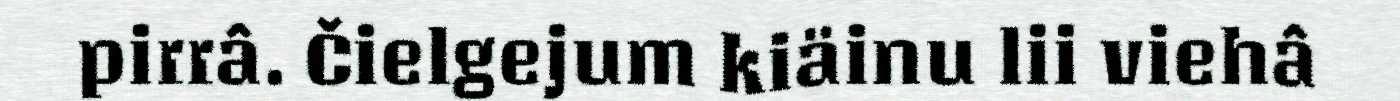
pirrâ. Čielgejum kiäinu lii viehâ